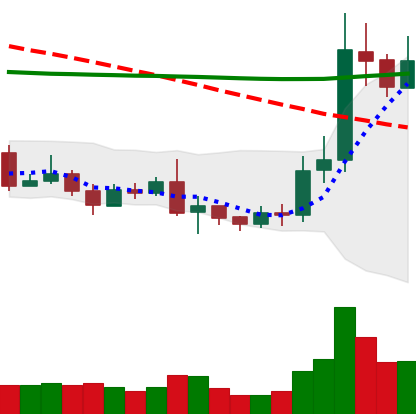
Ticker: ETC-USD
Chart end date: 2019-08-25
Forward return: -11.676%
Label: down_7plus